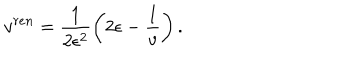
v ^ { r e n } = \frac { 1 } { 2 \epsilon ^ { 2 } } \left( 2 \epsilon - \frac { 1 } { v } \right) .